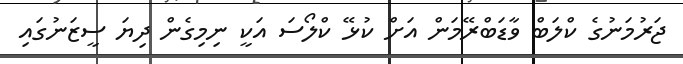
ޖަރުމަނުގެ ކްލަބް ވާޑަބްރޭމަން އަށް ކުޅޭ ކްލޯސަ އަކީ ނިމިގެން ދިޔަ ސީޒަނުގައި